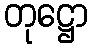
တုဋ္ဌော